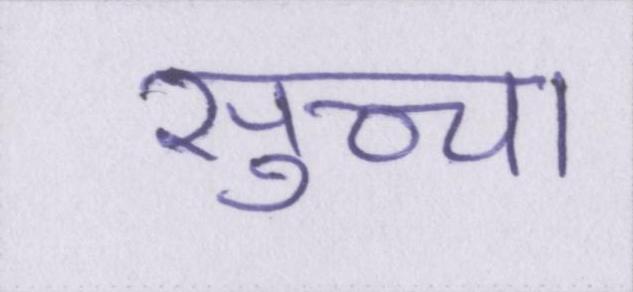
सुच्चा